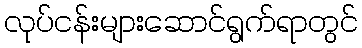
လုပ်ငန်းများဆောင်ရွက်ရာတွင်